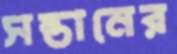
সন্তানের